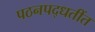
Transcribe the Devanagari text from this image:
पठनपद्धतींत